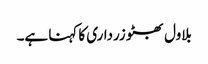
بلاول بھٹو زرداری کا کہنا ہے۔